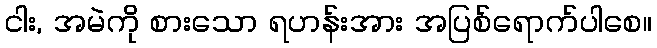
ငါး, အမဲကို စားသော ရဟန်းအား အပြစ်ရောက်ပါစေ။